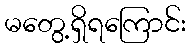
မတွေ့ရှိရကြောင်း